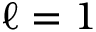
\ell = 1